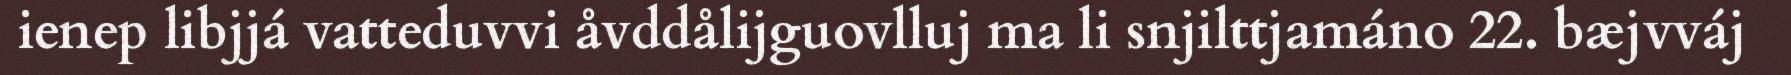
ienep libjjá vatteduvvi åvddålijguovlluj ma li snjilttjamáno 22. bæjvváj